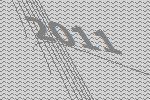
2011